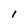
Character: l